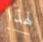
لهذا